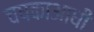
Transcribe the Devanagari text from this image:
चषकाआधी